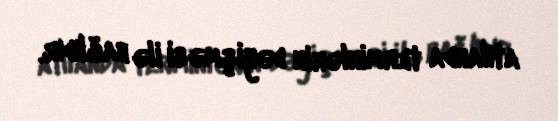
atılanda terminlərin dəyişməsi ilə bağlıdır.